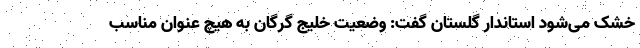
خشک می‌شود استاندار گلستان گفت: وضعیت خلیج گرگان به هیچ عنوان مناسب